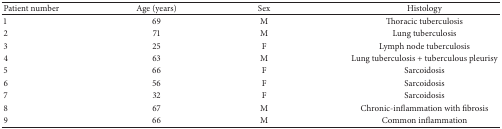
<table><thead><tr><td><b>Patient number</b></td><td><b>Age (years)</b></td><td><b>Sex</b></td><td><b>Histology</b></td></tr></thead><tbody><tr><td>1</td><td>69</td><td>M</td><td>Thoracic tuberculosis</td></tr><tr><td>2</td><td>71</td><td>M</td><td>Lung tuberculosis</td></tr><tr><td>3</td><td>25</td><td>F</td><td>Lymph node tuberculosis</td></tr><tr><td>4</td><td>63</td><td>M</td><td>Lung tuberculosis + tuberculous pleurisy</td></tr><tr><td>5</td><td>66</td><td>F</td><td>Sarcoidosis</td></tr><tr><td>6</td><td>56</td><td>F</td><td>Sarcoidosis</td></tr><tr><td>7</td><td>32</td><td>F</td><td>Sarcoidosis</td></tr><tr><td>8</td><td>67</td><td>M</td><td>Chronic-inflammation with fibrosis</td></tr><tr><td>9</td><td>66</td><td>M</td><td>Common inflammation</td></tr></tbody></table>